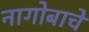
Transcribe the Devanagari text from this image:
नागोबाचे